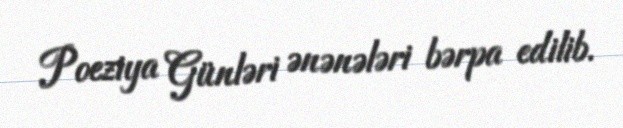
Poeziya Günləri ənənələri bərpa edilib.